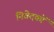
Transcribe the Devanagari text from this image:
निवेदकों